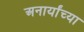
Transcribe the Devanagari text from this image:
अनार्यांच्या